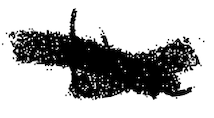
Text: the
Cross-out: cross
Writing tool: digital_black